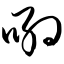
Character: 哟